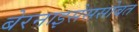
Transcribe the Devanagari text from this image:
बेरनाइसेससोबत